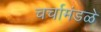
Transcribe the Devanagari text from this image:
चर्चामंडळे